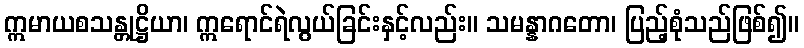
ဣမာယစသန္တုဋ္ဌိယာ၊ ဣရောင်ရဲလွယ်ခြင်းနှင့်လည်း။ သမန္နာဂတော၊ ပြည့်စုံသည်ဖြစ်၍။